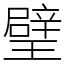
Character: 𤩹